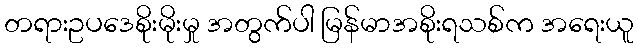
တရားဥပဒေစိုးမိုးမှု အတွက်ပါ မြန်မာအစိုးရသစ်က အရေးယူ